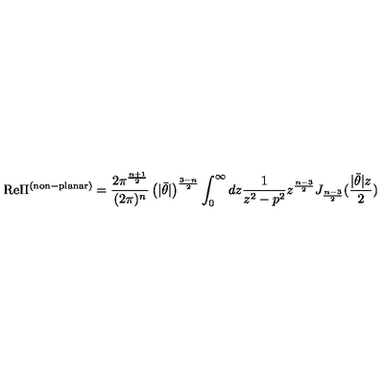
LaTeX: \mathrm { R e } \Pi ^ { \mathrm { ( n o n \mathrm { - } p l a n a r ) } } = \frac { 2 \pi ^ { \frac { n + 1 } { 2 } } } { ( 2 \pi ) ^ { n } } \left( | \bar { \theta } | \right) ^ { \frac { 3 - n } { 2 } } \int _ { 0 } ^ { \infty } d z \frac { 1 } { z ^ { 2 } - p ^ { 2 } } z ^ { \frac { n - 3 } { 2 } } J _ { \frac { n - 3 } { 2 } } ( \frac { | \bar { \theta } | z } { 2 } )